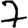
Digit: 7